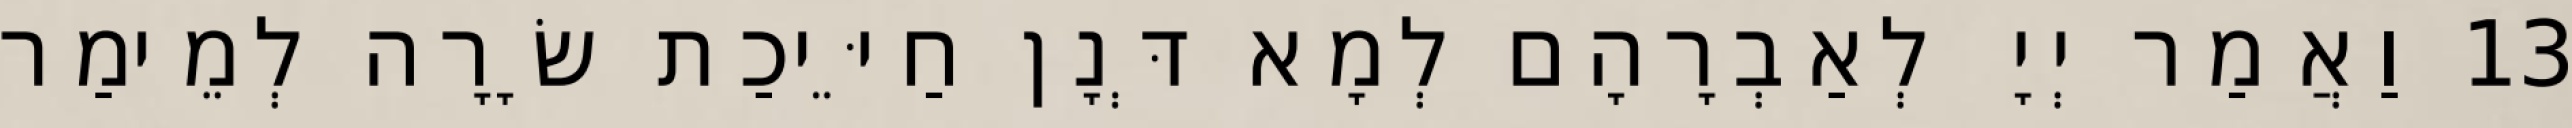
13 וַאֲמַר יְיָ לְאַבְרָהָם לְמָא דְּנָן חַיֵּיכַת שָׂרָה לְמֵימַר